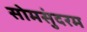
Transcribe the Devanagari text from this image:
सोमसुंदरम